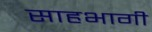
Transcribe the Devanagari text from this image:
साहभागी